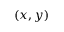
( x , y )